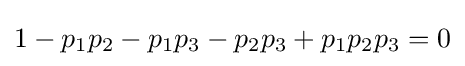
1-p_{1}p_{2}-p_{1}p_{3}-p_{2}p_{3}+p_{1}p_{2}p_{3}=0